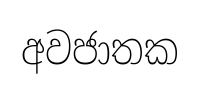
අවජාතක